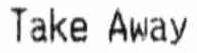
TAKE AWAY